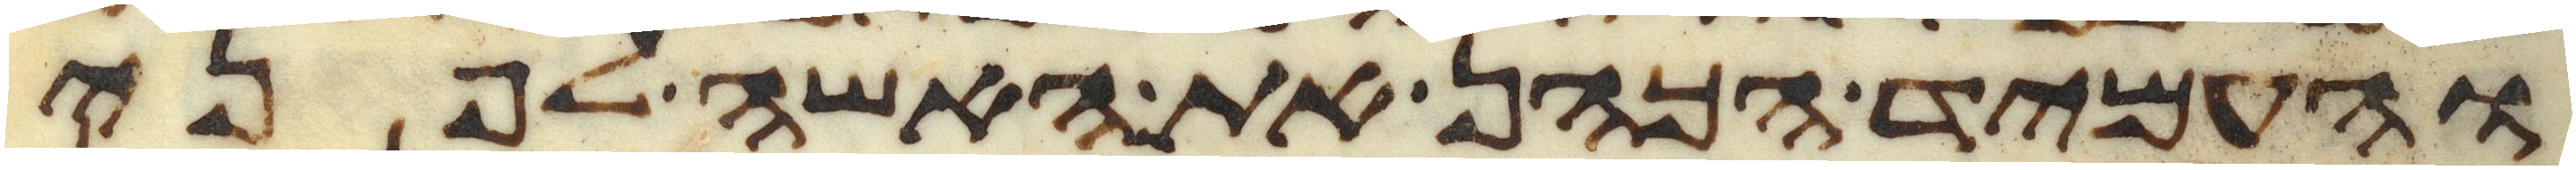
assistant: והעמיד הכהן את האשה לפני